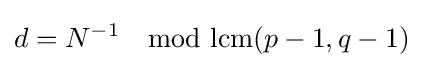
d=N^{-1}\mod {\text{lcm}}(p-1,q-1)